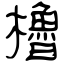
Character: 櫓